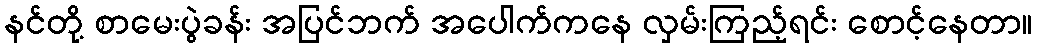
နင်တို့ စာမေးပွဲခန်း အပြင်ဘက် အပေါက်ကနေ လှမ်းကြည့်ရင်း စောင့်နေတာ။